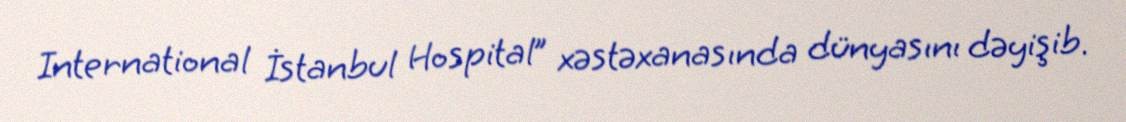
International İstanbul Hospital” xəstəxanasında dünyasını dəyişib.